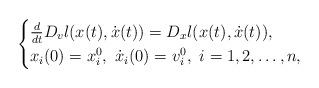
LaTeX: \begin{align*}\begin{cases}\frac{d}{dt} D_v l(x(t),\dot{x}(t))= D_x l(x(t),\dot{x}(t)),\\x_i(0)=x_i^0,\ \dot{x}_i(0)=v_i^0,\ i=1,2,\ldots,n,\end{cases}\end{align*}